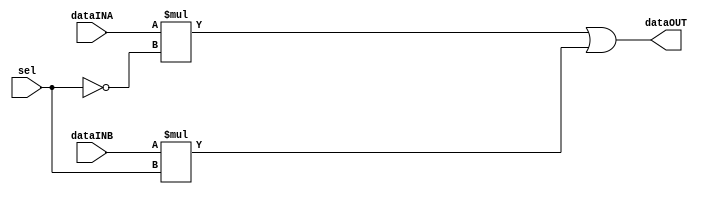
// ============================================================================
//   Ver  :| Author					:| Mod. Date :| Changes Made:
//   V1.0 :| viCppDev			   :| 01/02/2021:| Multiplexor
// ============================================================================

module Multiplexor (input wire [8:0] dataINA, input wire [8:0] dataINB, output wire [8:0] dataOUT, input wire sel);

	assign dataOUT = ((dataINA)*(!sel))|((dataINB)*sel);

endmodule